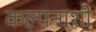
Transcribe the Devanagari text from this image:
कल्पनाशी